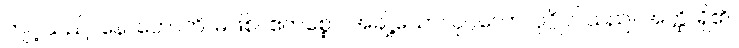
ကျင့်သည်။ နောဟောတိ၊ မဖြစ်။ ဧကစ္စော၊ အချို့သော။ ပုဂ္ဂလော၊ ပုဂ္ဂိုလ်သည်။ အတ္ထိ၊ ရှိ၏။